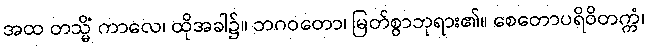
အထ တသ္မိံ ကာလေ၊ ထိုအခါ၌။ ဘဂဝတော၊ မြတ်စွာဘုရား၏။ စေတောပရိဝိတက္ကံ၊